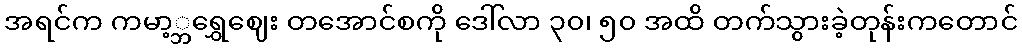
အရင်က ကမာ့္ဘရွှေဈေး တအောင်စကို ဒေါ်လာ ၃၀၊ ၅၀ အထိ တက်သွားခဲ့တုန်းကတောင်